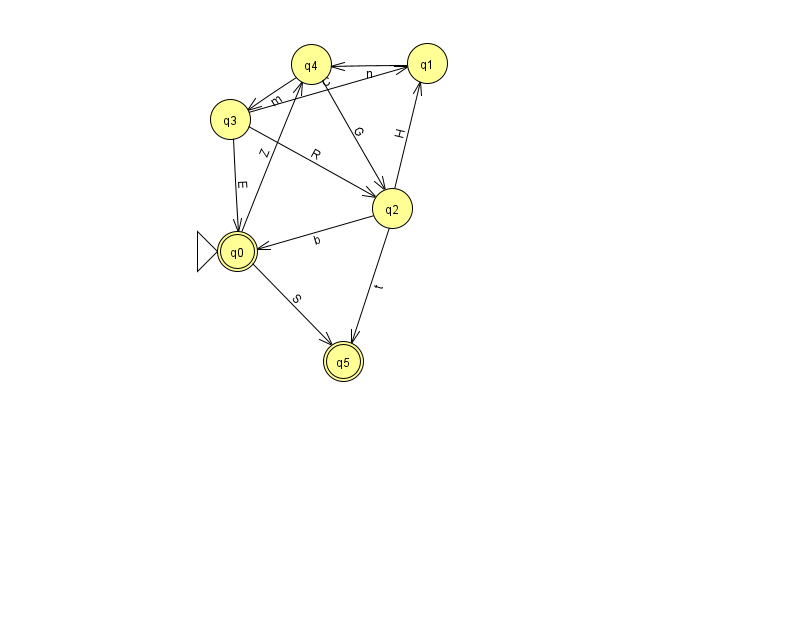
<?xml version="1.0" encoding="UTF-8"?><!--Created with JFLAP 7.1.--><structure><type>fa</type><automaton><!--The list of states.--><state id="0" name="q0"><x>237.0</x><y>238.0</y><initial/><final/></state><state id="1" name="q1"><x>427.0</x><y>50.0</y></state><state id="2" name="q2"><x>392.0</x><y>195.0</y></state><state id="3" name="q3"><x>230.0</x><y>106.0</y></state><state id="4" name="q4"><x>311.0</x><y>51.0</y></state><state id="5" name="q5"><x>343.0</x><y>348.0</y><final/></state><!--The list of transitions.--><transition><from>3</from><to>2</to><read>R</read></transition><transition><from>3</from><to>0</to><read>E</read></transition><transition><from>2</from><to>1</to><read>H</read></transition><transition><from>2</from><to>0</to><read>b</read></transition><transition><from>4</from><to>2</to><read>G</read></transition><transition><from>1</from><to>4</to><read>n</read></transition><transition><from>3</from><to>1</to><read>C</read></transition><transition><from>4</from><to>3</to><read>m</read></transition><transition><from>0</from><to>5</to><read>S</read></transition><transition><from>0</from><to>4</to><read>Z</read></transition><transition><from>2</from><to>5</to><read>t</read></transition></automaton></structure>